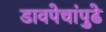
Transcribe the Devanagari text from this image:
डावपेचांपुढे